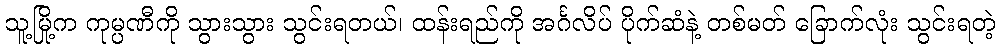
သူ့မြို့က ကုမ္ပဏီကို သွားသွား သွင်းရတယ်၊ ထန်းရည်ကို အင်္ဂလိပ် ပိုက်ဆံနဲ့ တစ်မတ် ခြောက်လုံး သွင်းရတဲ့